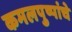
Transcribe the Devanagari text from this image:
कमलपुष्पांचे